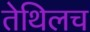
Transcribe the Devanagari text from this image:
तेथिलच